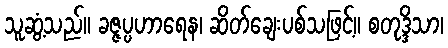
သူဆွံ့သည်။ ခဇ္ဇပ္ပဟာရေန၊ ဆိတ်ချေးပစ်သဖြင့်။ စတုဒ္ဒိသာ၊